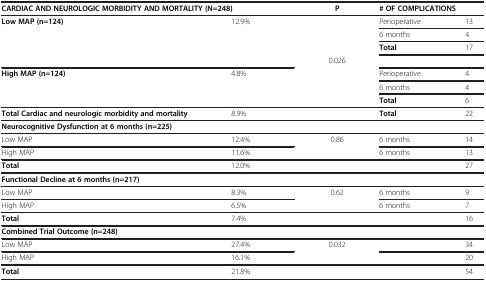
<table><thead><tr><td colspan="2"><b>CARDIAC AND NEUROLOGIC MORBIDITY AND MORTALITY (N=248)</b></td><td><b>P</b></td><td colspan="2"><b># OF COMPLICATIONS</b></td></tr></thead><tbody><tr><td rowspan="3"><b>Low MAP (n=124)</b></td><td rowspan="3">12.9%</td><td> </td><td>Perioperative</td><td>13</td></tr><tr><td> </td><td>6 months</td><td>4</td></tr><tr><td> </td><td><b>Total</b></td><td>17</td></tr><tr><td colspan="2"> </td><td>0.026</td><td colspan="2"> </td></tr><tr><td rowspan="3"><b>High MAP (n=124)</b></td><td>4.8%</td><td> </td><td>Perioperative</td><td>4</td></tr><tr><td> </td><td> </td><td>6 months</td><td>4</td></tr><tr><td> </td><td> </td><td><b>Total</b></td><td>6</td></tr><tr><td><b>Total Cardiac and neurologic morbidity and mortality</b></td><td>8.9%</td><td> </td><td><b>Total</b></td><td>22</td></tr><tr><td colspan="5"><b>Neurocognitive Dysfunction at 6 months (n=225)</b></td></tr><tr><td>Low MAP</td><td>12.4%</td><td>0.86</td><td>6 months</td><td>14</td></tr><tr><td>High MAP</td><td>11.6%</td><td> </td><td>6 months</td><td>13</td></tr><tr><td><b>Total</b></td><td>12.0%</td><td> </td><td> </td><td>27</td></tr><tr><td colspan="5"><b>Functional Decline at 6 months (n=217)</b></td></tr><tr><td>Low MAP</td><td>8.3%</td><td>0.62</td><td>6 months</td><td>9</td></tr><tr><td>High MAP</td><td>6.5%</td><td> </td><td>6 months</td><td>7</td></tr><tr><td><b>Total</b></td><td>7.4%</td><td> </td><td> </td><td>16</td></tr><tr><td colspan="5"><b>Combined Trial Outcome (n=248)</b></td></tr><tr><td>Low MAP</td><td>27.4%</td><td>0.032</td><td> </td><td>34</td></tr><tr><td>High MAP</td><td>16.1%</td><td> </td><td> </td><td>20</td></tr><tr><td><b>Total</b></td><td>21.8%</td><td> </td><td> </td><td>54</td></tr></tbody></table>